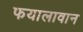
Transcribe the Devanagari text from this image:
फयालावान